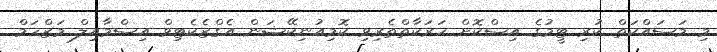
މި މަސައްކަތް ކުރި ޓީމުގެ އިސްކޮށް ހަރަކާތްތެރިވި ކޮމިއުނިކޭޝަން އެގްޒެކެޓިވް އިސްމާއިލް މަޒްހަމް